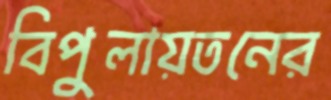
বিপুলায়তনের